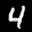
Label: 4